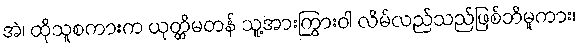
အဲ၊ ထိုသူစကားက ယုတ္တိမတန် သူ့အားကြွားဝါ လိမ်လည်သည်ဖြစ်ဘိမူကား၊